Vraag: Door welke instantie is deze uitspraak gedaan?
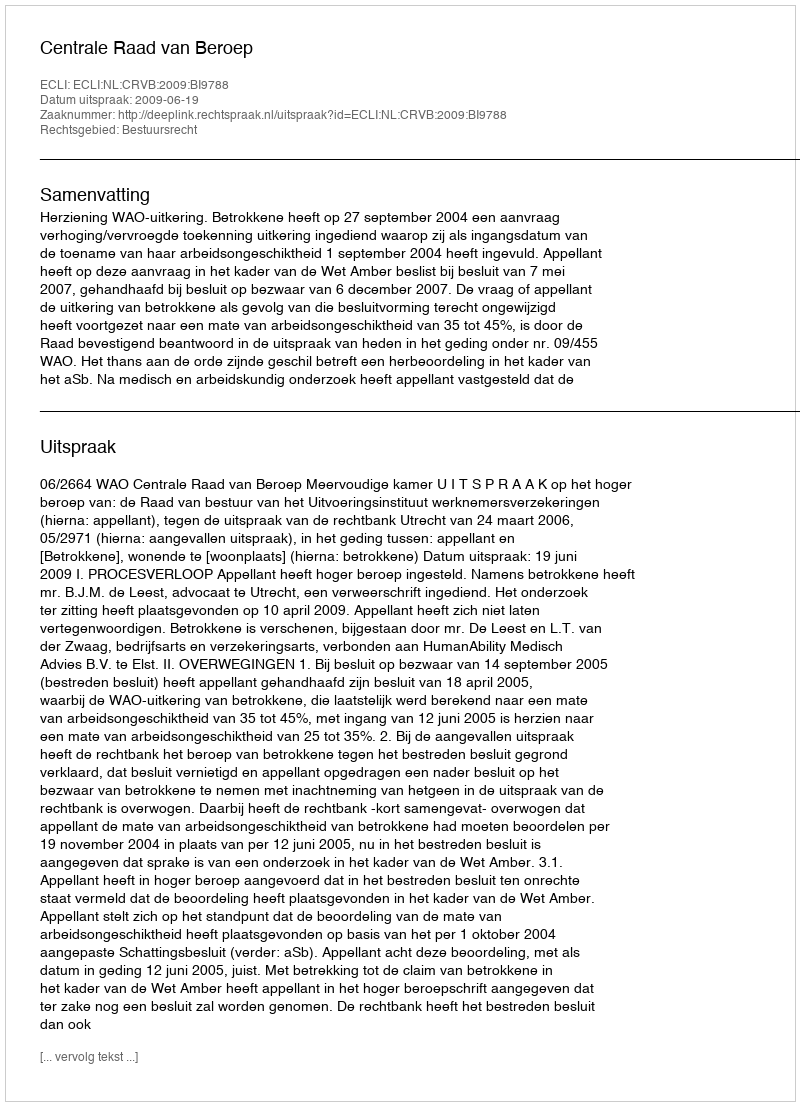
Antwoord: Centrale Raad van Beroep